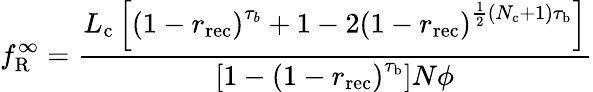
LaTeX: f_{\mathrm{R}}^{\infty}=\frac{L_{\mathrm{c}}\left[\left(1-r_{\mathrm{rec}}\right)^{\tau_{b}}+1-2\left(1-r_{\mathrm{rec}}\right)^{\frac{1}{2}(N_{\mathrm{c}}+1)\tau_{\mathrm{b}}}\right]}{\left[1-\left(1-r_{\mathrm{rec}}\right)^{\tau_{\mathrm{b}}}\right]N\phi}